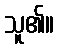
သူ၏။